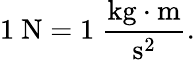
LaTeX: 1\ {\mathrm{N}}=1\ {\frac{{\mathrm{kg}}\cdot{\mathrm{m}}}{{\mathrm{s}}^{2}}}.